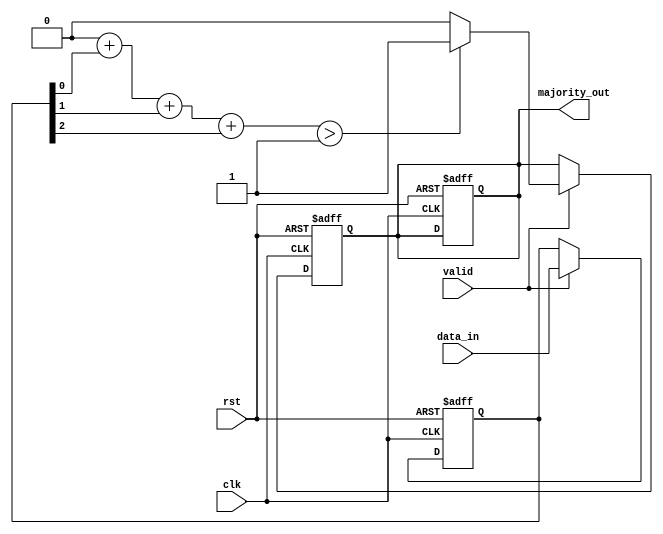
module MajorityVotingDetector #(
    parameter N = 3 // Must be an odd number
)(
    input wire [N-1:0] data_in, // Input from N memory blocks
    input wire valid,            // Valid signal to indicate stable data
    input wire clk,              // Clock signal
    input wire rst,              // Asynchronous reset
    output reg majority_out      // Majority output
);

    // Internal signals
    reg [N-1:0] data_reg;        // Register to hold input data
    reg [N:0] count_ones;        // Count of 1s (N+1 to handle counting)
    integer i;

    // Sequential logic to capture input data on valid signal
    always @(posedge clk or posedge rst) begin
        if (rst) begin
            data_reg <= 0;
            majority_out <= 0;
        end else if (valid) begin
            data_reg <= data_in;
        end
    end

    // Combinational logic to count the number of 1s
    always @(*) begin
        count_ones = 0; // Reset count
        for (i = 0; i < N; i = i + 1) begin
            count_ones = count_ones + data_reg[i]; // Count 1s
        end
    end

    // Determine majority output based on count of 1s
    always @(posedge clk or posedge rst) begin
        if (rst) begin
            majority_out <= 0;
        end else if (valid) begin
            if (count_ones > (N / 2)) begin
                majority_out <= 1; // Majority is 1
            end else begin
                majority_out <= 0; // Majority is 0
            end
        end
    end

endmodule